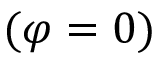
( \varphi = 0 )